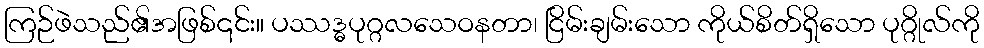
ကြဉ်ဖဲသည်၏အဖြစ်၎င်း။ ပဿဒ္ဓပုဂ္ဂလသေဝနတာ၊ ငြိမ်းချမ်းသော ကိုယ်စိတ်ရှိသော ပုဂ္ဂိုလ်ကို